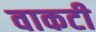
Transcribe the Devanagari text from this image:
वाकटी